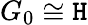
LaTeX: G_{0}\cong\mathtt{H}